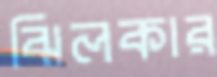
ঝিলকার